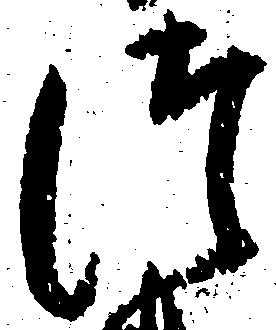
つ